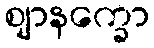
ဈာနက္ခော